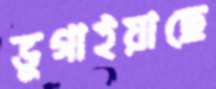
ভুগাইয়াছে